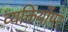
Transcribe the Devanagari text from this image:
व्यक्तियोंपर